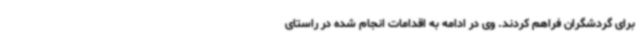
برای گردشگران فراهم کردند. وی در ادامه به اقدامات انجام شده در راستای